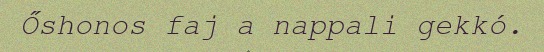
Őshonos faj a nappali gekkó.